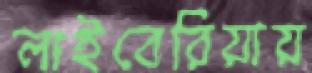
লাইবেরিয়ায়